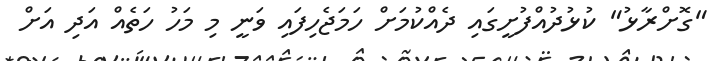
"ގޮށްރާޅު" ކުޅުދުއްފުށީގައި ދެއްކުމަށް ހަމަޖެހިފައި ވަނީ މި މަހު ހަތެއް އަދި އަށް